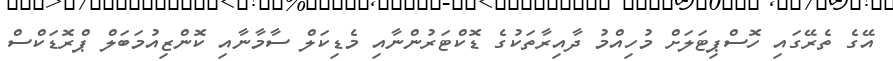
އޭގެ ތެރޭގައި ހޮސްޕިޓަލަށް މުހިއްމު ދާއިރާތަކުގެ ޑޮކްޓަރުންނާއި މެޑިކަލް ސާމާނާއި ކޮންޒިއުމަބަލް ޕްރޮޑަކްސް